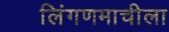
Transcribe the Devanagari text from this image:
लिंगणमाचीला